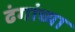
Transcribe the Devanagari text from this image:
ढंगांच्या